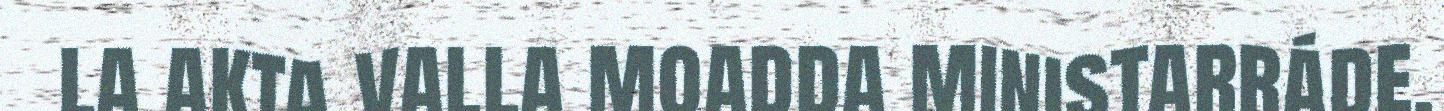
la akta valla moadda ministarráde.